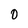
Character: 0